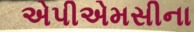
એપીએમસીના